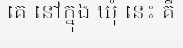
គេ នៅក្នុង ឃុំ នេះ គឺ